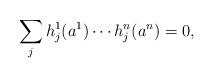
LaTeX: \begin{align*}\sum_{j} h_j^1(a^1)\cdots h_j^n(a^n)=0,\end{align*}